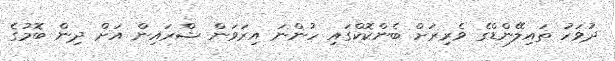
ދުވަހު ތައިލޭންޑްގެ ވެރިރަށް ބެންކޮކްގައި ހުންނަ އިރަވަން ޝްރައިން އަށް ދިން ބޮމުގެ